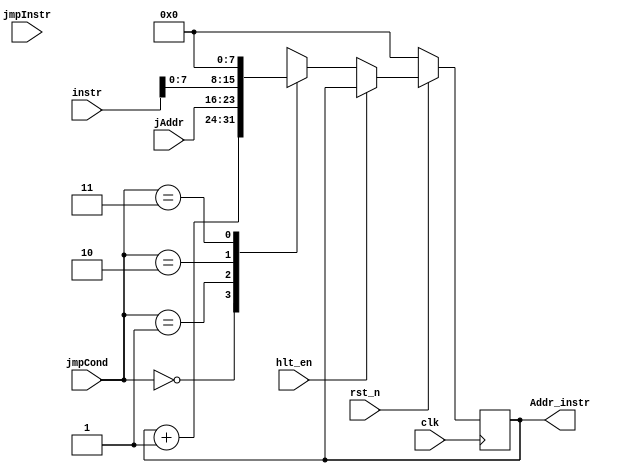
module jmp_path(
	input wire 			rst_n,
	input wire 			clk,
	input wire [0:1] 	jmpCond,
	input wire 			jmpInstr,
	input wire [0:17] 	instr,
	input wire [0:7] 	jAddr,
	output wire [0:7] 	Addr_instr,
	input wire			hlt_en
	);
	reg [0:7] ipNext;
	wire [0:7] incAddr;
	reg [0:7] ipCurrent;

	wire [0:7] imm;
	assign imm = instr[10:17];
	always @(*) begin
		case(jmpCond)
			2'b00:
				ipNext = incAddr;
			2'b01:
				ipNext = jAddr;
			2'b10:
				ipNext = imm;
			2'b11:
				ipNext = 8'b0;
		endcase
	end

	//Adder incAdder(.X1(ipCurrent), .X2(8'b1), .Y(incAddr));
	assign incAddr = ipCurrent + 8'h1;

	always @(posedge clk) begin
		if(~rst_n) ipCurrent <= 'h0;
		else if(hlt_en)
			ipCurrent <= ipCurrent;
		else
			ipCurrent <= ipNext;
	end

	assign Addr_instr = ipCurrent;
endmodule